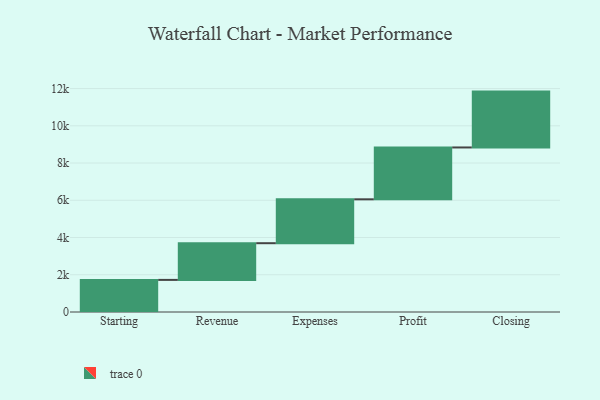
{"axis": {"x": "Step", "y": "Value"}, "legend": [""], "data": [{"x": "Starting", "y": 1724.0, "type": ""}, {"x": "Revenue", "y": 1971.0, "type": ""}, {"x": "Expenses", "y": 2357.0, "type": ""}, {"x": "Profit", "y": 2785.0, "type": ""}, {"x": "Closing", "y": 3000, "type": ""}]}